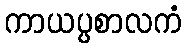
ကာယပ္ပစာလကံ